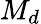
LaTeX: M_{d}